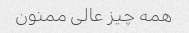
همه چیز عالی ممنون